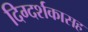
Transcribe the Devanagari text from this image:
दिग्दर्शकासह